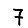
Digit: 7